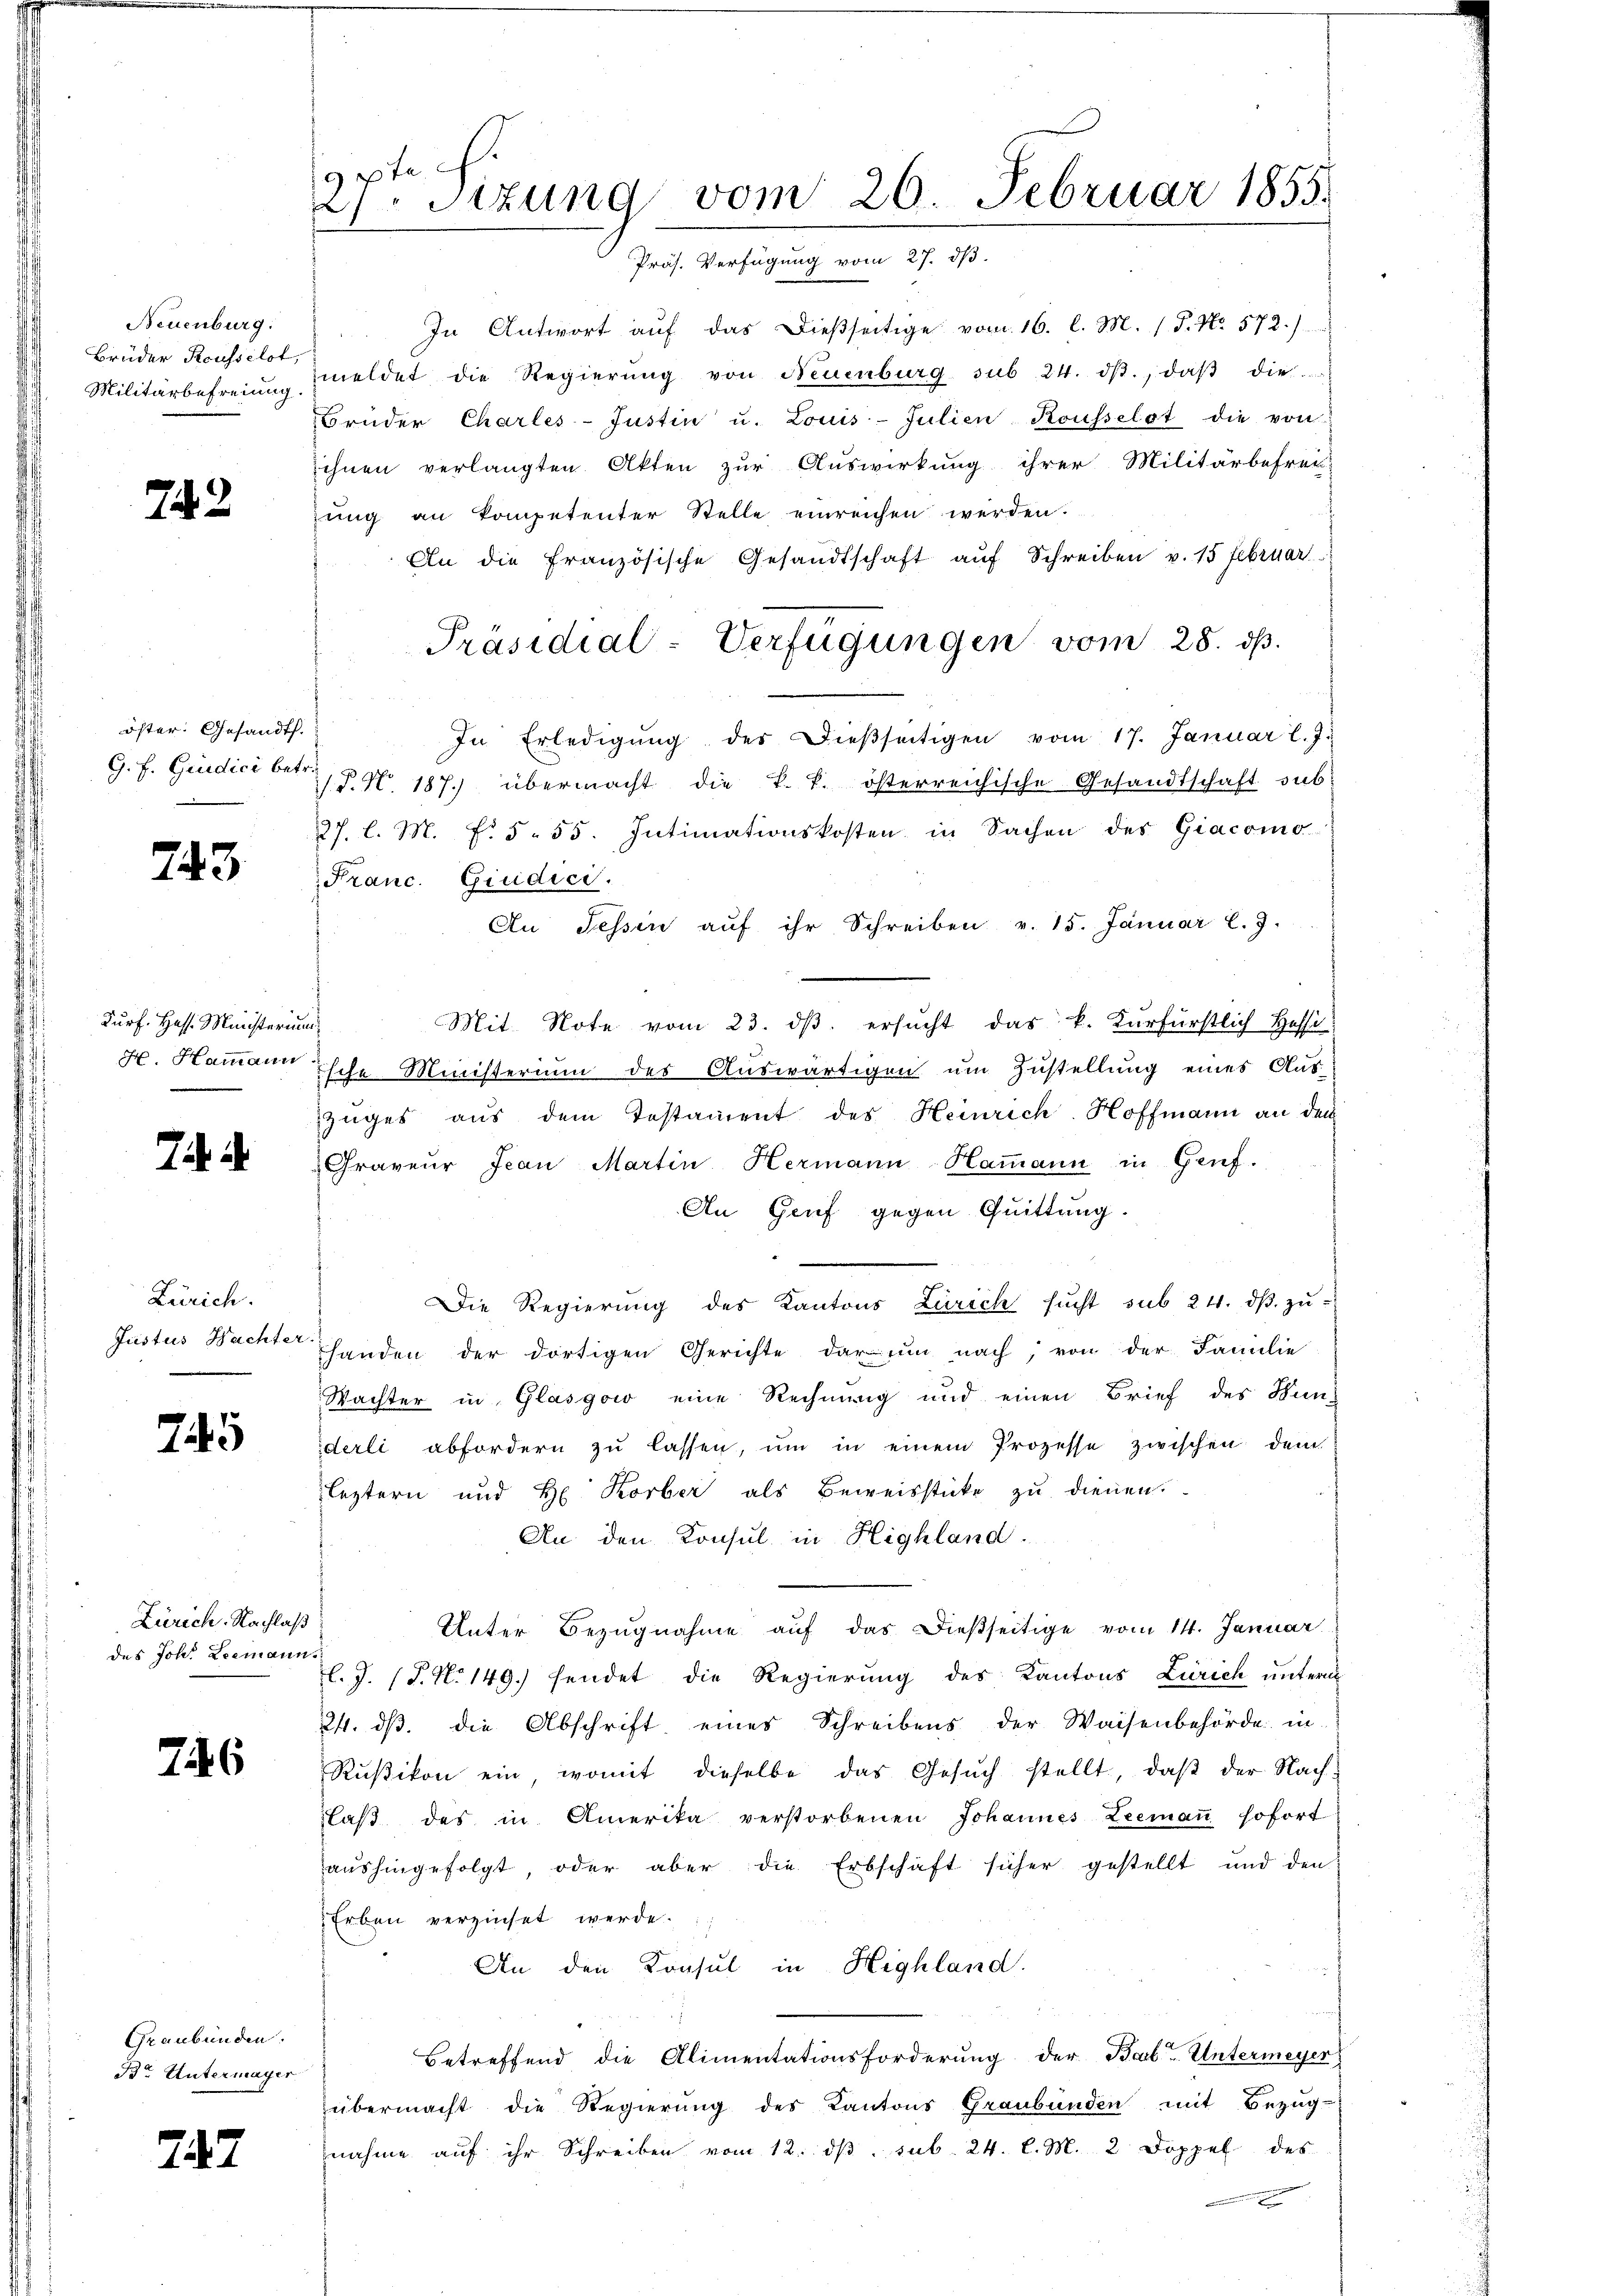
Neuenburg.
Brüder Reussilot,
Militärbefreiung.

74. 2

öster. Gesandt.
G. E. Giudici betr.

743

Durf. Hess. Ministerium
H. Hammann

7.

Zürich.
Justus Nachter

75

Zürich. Nachlaß
des Joh. Leemann

746

Graubünden.
Br. Untermager.

247

9 ptr. f.
 Sizung vom 26. Februar 1855.
Präs. Verfügung vom 27. dβ

In Antwort aŭf das dießseitige vom 16. l. M. (T. No. 572.)
meldet die Regierung von Neuenburg sub 24. dβ, daβ die
Brüder Charles-Justin u. Louis-Julien Kousselst die von
ihnen verlangten Akten zur Auswirkung ihrer Militärbefrei-
zung an kompetenter Stelle einreichen werden.
An die französische Gesandtschaft aŭf Schreiben v. 15 Februar
In Erledigŭng der dieβseitigen vom 17. Januar l. J.
/. P. Nr. 187.) übermacht die k. k. österreichische Gesandtschaft sub
227. l. M. N. 5. 55. Intimationskosten in Sachen des Giacomo-
Franc. Giudice.
An Tessin aŭf ihr Schreiben v. 15. Januar l. J.
Mit Note vom 23. dβ. ersucht das k. Kurfürstlich Hoffe
ische Ministerium des Auswärtigen um Zustellung eines Aus-
Zuges aus dem Testament des Heinrich. Hoffmann an den
Graveur Jean Martin Hermann Hammann in Gruf.
An Genf gegen Quittung.
Die Regierung des Kantons Zürich sŭcht sub 24. dβ zŭ
handen der dortigen Gerichte darum nach, von der Familie
Wachter in Glasgow eine Rechnung und einen Brief des Hin-
derli abfordern zu lassen, um in einem Prozesse zwischen dem
leztern und H. Korber als Beweisstücke zu dienen.
An den Konsul in Highland.
Unter Bezugnahme auf das dießseitige vom 14. Januar
l. J. (T. N. 149.) sendet die Regierung des Kantons Zürich unterm
24. dβ. die Abschrift eines Schreibens der Waisenbehörde in
Rŭβikon ein womit dieselbe das Gesŭch stellt, daβ der Nach-
laβ des in Amerika verstorbenen Johannes Leemaṅ sofort
aushingefolgt, oder aber die Erbschaft sicher gestellt und den
Erbau verzinset werde.
An den Konsul in Highland.
Betreffend die Alimentationsforderung der Bal-Untermeyer
übermacht die Regierung des Kantons Graubünden mit Bezug-
nahme auf ihr Schreiben vom 12. dβ. sub. 24. l. M. 2 Doppel des
x

Präsidial-Verfügungen vom 28. ds.